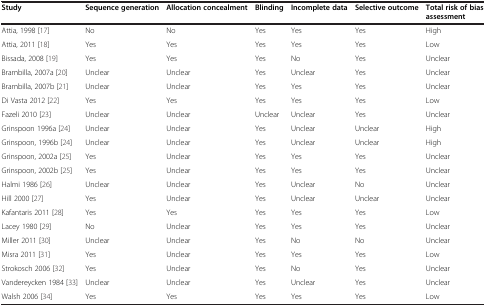
<table><thead><tr><td><b>Study</b></td><td><b>Sequence generation</b></td><td><b>Allocation concealment</b></td><td><b>Blinding</b></td><td><b>Incomplete data</b></td><td><b>Selective outcome</b></td><td><b>Total risk of bias assessment</b></td></tr></thead><tbody><tr><td>Attia, 1998 [17]</td><td>No</td><td>No</td><td>Yes</td><td>Yes</td><td>Yes</td><td>High</td></tr><tr><td>Attia, 2011 [18]</td><td>Yes</td><td>Yes</td><td>Yes</td><td>Yes</td><td>Yes</td><td>Low</td></tr><tr><td>Bissada, 2008 [19]</td><td>Yes</td><td>Yes</td><td>Yes</td><td>No</td><td>Yes</td><td>Unclear</td></tr><tr><td>Brambilla, 2007a [20]</td><td>Unclear</td><td>Unclear</td><td>Yes</td><td>Unclear</td><td>Yes</td><td>Unclear</td></tr><tr><td>Brambilla, 2007b [21]</td><td>Unclear</td><td>Unclear</td><td>Yes</td><td>Yes</td><td>Yes</td><td>Unclear</td></tr><tr><td>Di Vasta 2012 [22]</td><td>Yes</td><td>Yes</td><td>Yes</td><td>Yes</td><td>Yes</td><td>Low</td></tr><tr><td>Fazeli 2010 [23]</td><td>Unclear</td><td>Unclear</td><td>Unclear</td><td>Unclear</td><td>Yes</td><td>Unclear</td></tr><tr><td>Grinspoon 1996a [24]</td><td>Unclear</td><td>Unclear</td><td>Yes</td><td>Unclear</td><td>Unclear</td><td>High</td></tr><tr><td>Grinspoon, 1996b [24]</td><td>Unclear</td><td>Unclear</td><td>Yes</td><td>Unclear</td><td>Unclear</td><td>High</td></tr><tr><td>Grinspoon, 2002a [25]</td><td>Yes</td><td>Unclear</td><td>Yes</td><td>Yes</td><td>Yes</td><td>Unclear</td></tr><tr><td>Grinspoon, 2002b [25]</td><td>Yes</td><td>Unclear</td><td>Yes</td><td>Yes</td><td>Yes</td><td>Unclear</td></tr><tr><td>Halmi 1986 [26]</td><td>Unclear</td><td>Unclear</td><td>Yes</td><td>Unclear</td><td>No</td><td>Unclear</td></tr><tr><td>Hill 2000 [27]</td><td>Yes</td><td>Unclear</td><td>Yes</td><td>Unclear</td><td>Unclear</td><td>Unclear</td></tr><tr><td>Kafantaris 2011 [28]</td><td>Yes</td><td>Yes</td><td>Yes</td><td>Yes</td><td>Yes</td><td>Low</td></tr><tr><td>Lacey 1980 [29]</td><td>No</td><td>Unclear</td><td>Yes</td><td>Yes</td><td>Yes</td><td>Unclear</td></tr><tr><td>Miller 2011 [30]</td><td>Unclear</td><td>Unclear</td><td>Yes</td><td>No</td><td>No</td><td>Unclear</td></tr><tr><td>Misra 2011 [31]</td><td>Yes</td><td>Unclear</td><td>Yes</td><td>Yes</td><td>Yes</td><td>Low</td></tr><tr><td>Strokosch 2006 [32]</td><td>Yes</td><td>Unclear</td><td>Yes</td><td>No</td><td>Yes</td><td>Unclear</td></tr><tr><td>Vandereycken 1984 [33]</td><td>Unclear</td><td>Unclear</td><td>Yes</td><td>Unclear</td><td>Yes</td><td>Unclear</td></tr><tr><td>Walsh 2006 [34]</td><td>Yes</td><td>Yes</td><td>Yes</td><td>Yes</td><td>Yes</td><td>Low</td></tr></tbody></table>